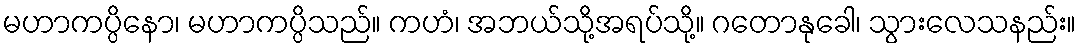
မဟာကပ္ပိနော၊ မဟာကပ္ပိသည်။ ကဟံ၊ အဘယ်သို့အရပ်သို့။ ဂတောနုခေါ၊ သွားလေသနည်း။